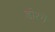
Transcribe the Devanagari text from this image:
डोरगे